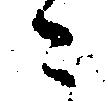
々